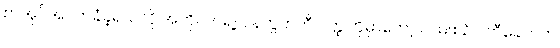
စာအုပ်အပိတ်ခံခဲ့ရသလို အကိုလင်ရဲ့လန်ကွတ်တီ ဝတ္ထုတိုမှာတော့ လမ်းစဉ်ပါတီခေတ်က